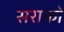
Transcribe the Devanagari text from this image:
सराफों